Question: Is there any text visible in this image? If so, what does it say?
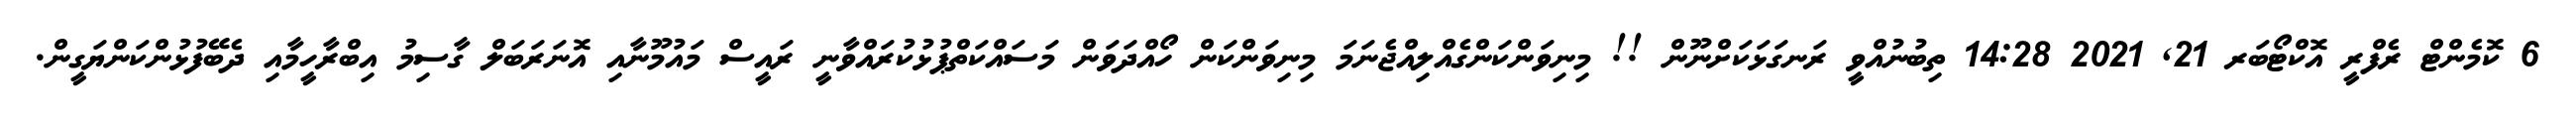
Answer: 6 ކޮމެންޓް ރެފްރީ އޮކްޓޯބަރ 21, 2021 14:28 ތިބުނުއްވީ ރަނގަޅަކަށްނޫން !! މިނިވަންކަންގެއްލިއްޖެނަމަ މިނިވަންކަން ހޯއްދަވަން މަސައްކަތްޕުޅުކުރައްވާނީ ރައީސް މައުމޫނާއި އޮނަރަބަލް ގާސިމު އިބްރާހީމާއި ދެބޭފުޅުންކަންޔަގީން.